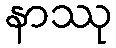
နာဿု